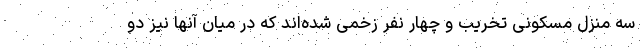
سه منزل مسکونی تخریب و چهار نفر زخمی شده‌اند که در میان آنها نیز دو